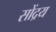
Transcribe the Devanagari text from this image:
सोंद्रय